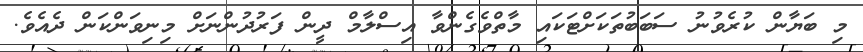
މި ބަޔާން ކުރެވުނު ސަބަބުތަކަށްޓަކައި މާތްވެގެންވާ އިސްލާމް ދީން ފަރުދުންނަށް މިނިވަންކަން ދެއެވެ.